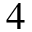
4